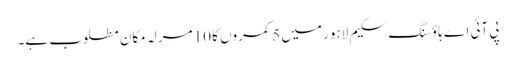
پی آئی اے ہاؤسنگ سکیم لاہور میں 5 کمروں کا 10 مرلہ مکان مطلوب ہے۔